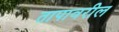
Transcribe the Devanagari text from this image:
तापावरील